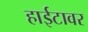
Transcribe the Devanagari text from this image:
हाईटावर